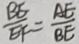
\frac { B E } { E F } = \frac { A E } { B E }